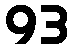
93